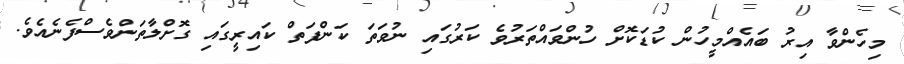
މިހެންވާ އިރު ބައެއްމީހުން ކުޑަކޮށް ހުންވައްތަރުވެ ކަރުގައި ނުވަތަ ކަންފަތް ކައިރީގައި ގޮށްލާތަންވެސްފެނެއެވެ.